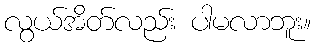
လွယ်အိတ်လည်း ပါမလာဘူး။